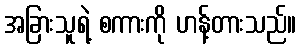
အခြားသူရဲ့ စကားကို ဟန့်တားသည်။